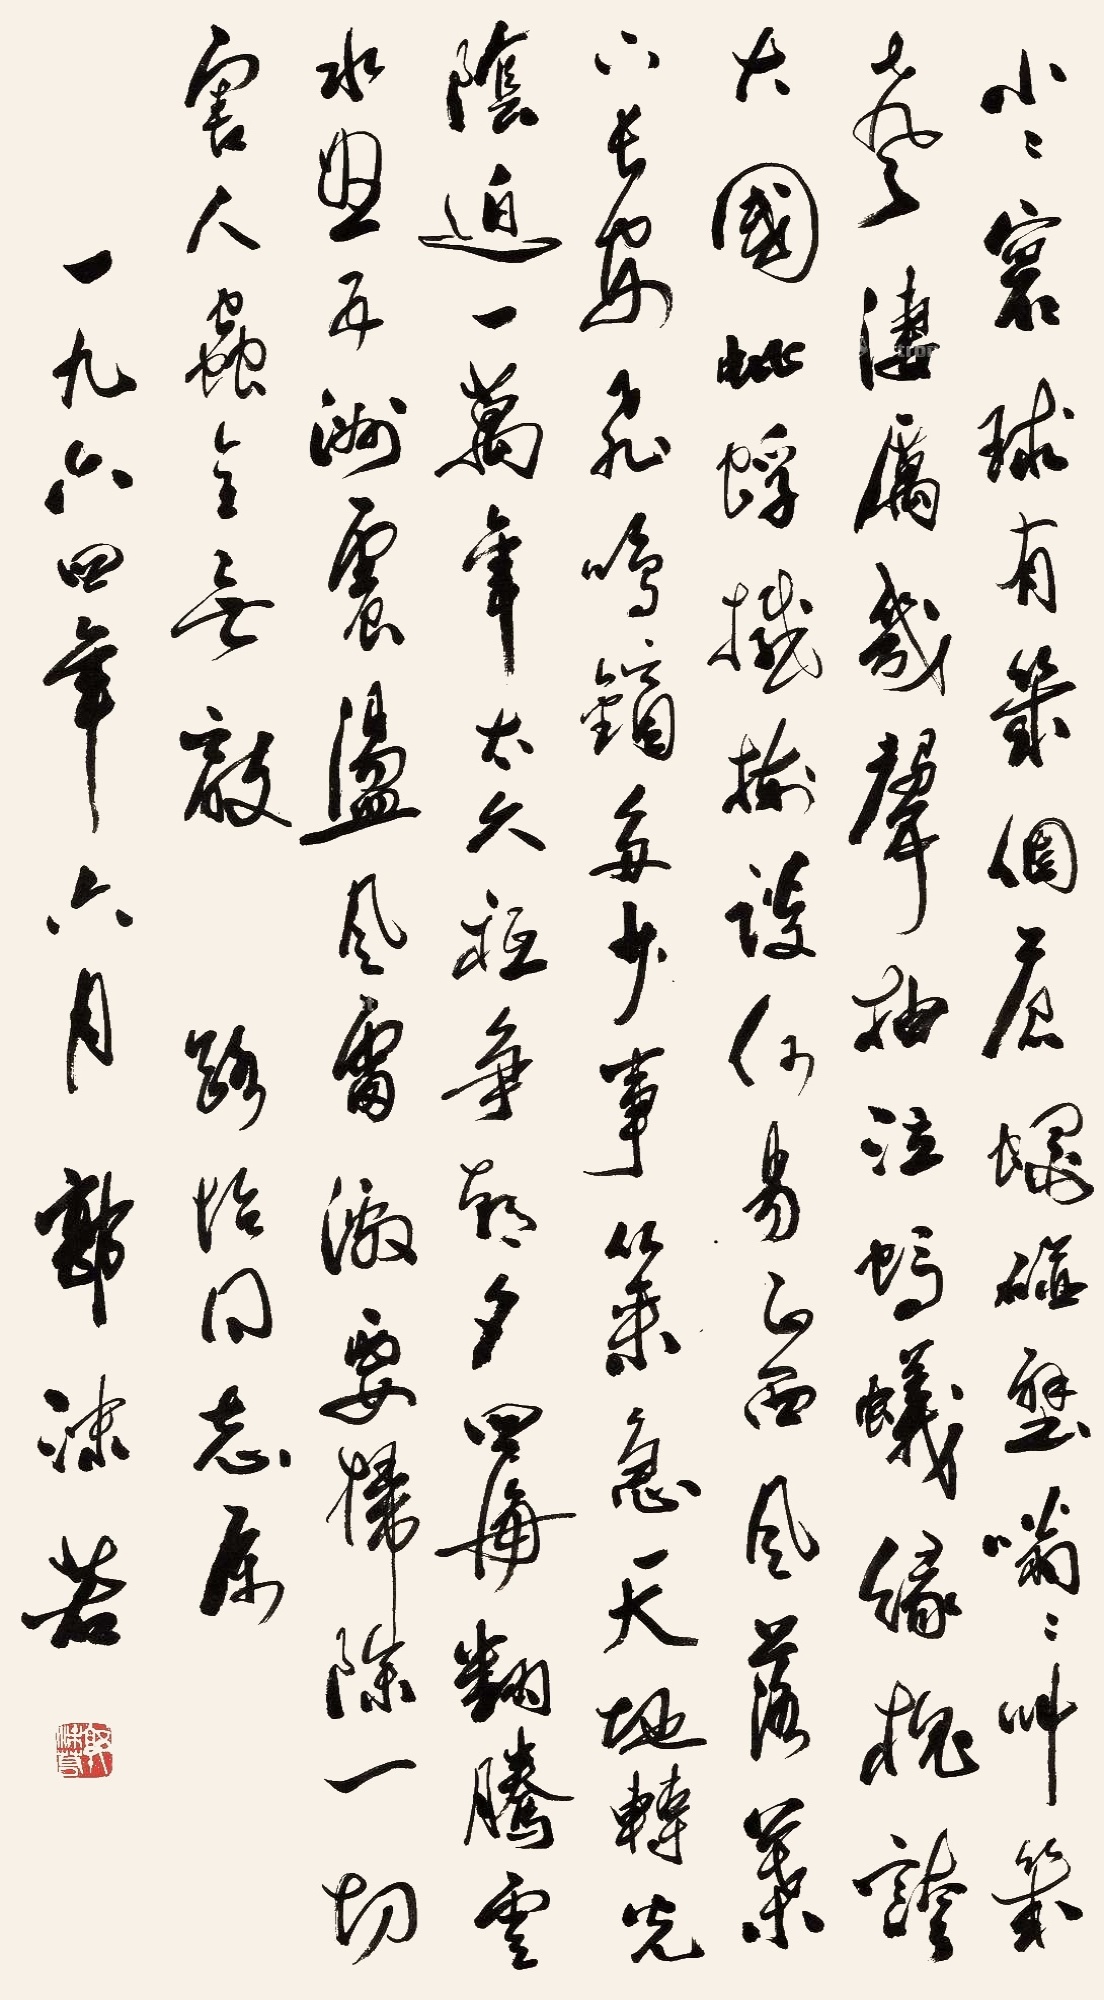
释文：小小寰球，有几个苍蝇碰壁。嗡嗡叫，几声凄厉，几声抽泣。蚂蚁缘槐夸大国，蚍蜉撼树谈何易。正西风落叶下长安，飞鸣镝。多少事，从来急；天地转，光阴迫。一万年太久，只争朝夕。四海翻腾云水怒，五洲震荡风雷激。要扫除一切害人虫，全无敌。路怡同志属。一九六四年六月，郭沫若。